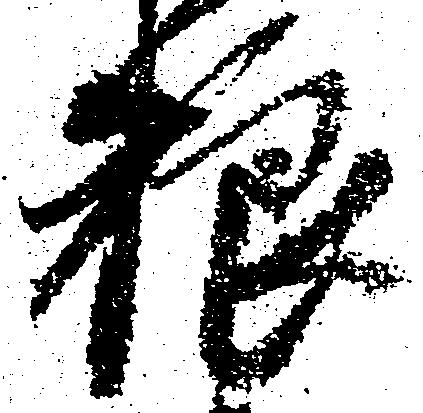
粮